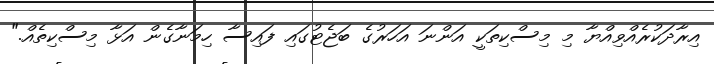
އިރާދަކުރެއްވިއްޔާ މި މިސްކިތަކީ އަންނަ އަހަރުގެ ބަޖެޓުގައި ފައިސާ ހިމަނާގެން އަޅާ މިސްކިތެއް."